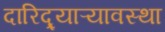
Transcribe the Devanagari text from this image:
दारिद्र्याऱ्यावस्था